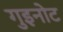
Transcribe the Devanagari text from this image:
गुइनोट